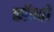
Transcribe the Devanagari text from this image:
कॉम्‍यो